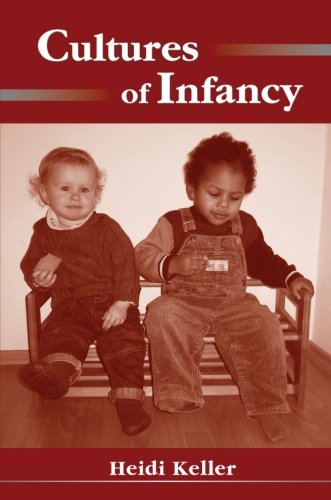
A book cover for Cultures of Infancy; Heidi Keller; Medical Books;